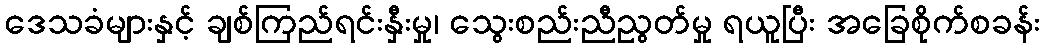
ဒေသခံများနှင့် ချစ်ကြည်ရင်းနှီးမှု၊ သွေးစည်းညီညွတ်မှု ရယူပြီး အခြေစိုက်စခန်း